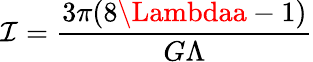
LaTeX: \mathcal{I}=\frac{{3\pi(8\Lambdaa-1)}}{{G\Lambda}}